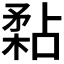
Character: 𥎁